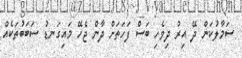
ސަމާލުކަން ދޭ އިރު ދިވެހި ބަސް ފަހަތަށް ދާން ޖެހޭ މައިގަނޑު ސަބަބުތަކެއް